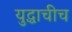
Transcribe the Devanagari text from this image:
युद्धाचीच